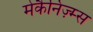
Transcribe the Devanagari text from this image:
मेकैनिज़्म्स